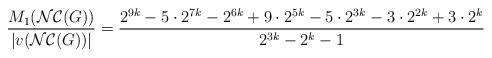
LaTeX: \begin{align*}\dfrac{M_{1}(\mathcal{NC}(G))}{|v( \mathcal{NC}(G) )|} = \dfrac{2^{9k}-5\cdot2^{7k}-2^{6k}+9\cdot2^{5k}-5\cdot2^{3k}-3\cdot2^{2k}+3\cdot2^{k}}{2^{3k}-2^{k}-1}\end{align*}